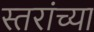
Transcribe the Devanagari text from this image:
स्तरांच्या